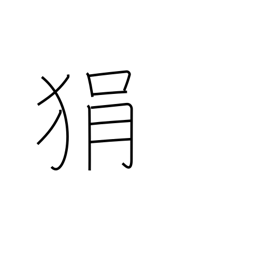
Meaning: short-tempered